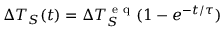
\Delta T _ { S } ( t ) = \Delta T _ { S } ^ { \mathrm { ~ e ~ q ~ } } ( 1 - e ^ { - t / \tau } )